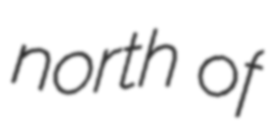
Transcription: north of